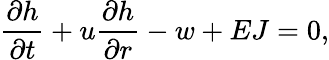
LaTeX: \frac{\partial h}{\partial t}+u\frac{\partial h}{\partial r}-w+EJ=0,